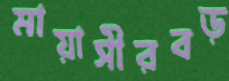
মায়াসীরবড়